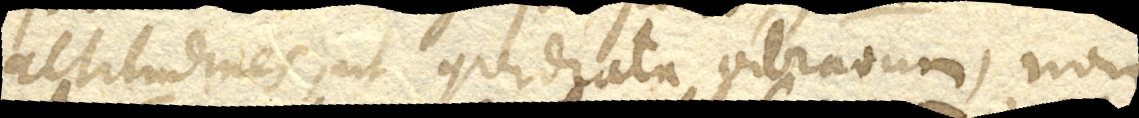
altitudines, ut quadrata vibrationum, non